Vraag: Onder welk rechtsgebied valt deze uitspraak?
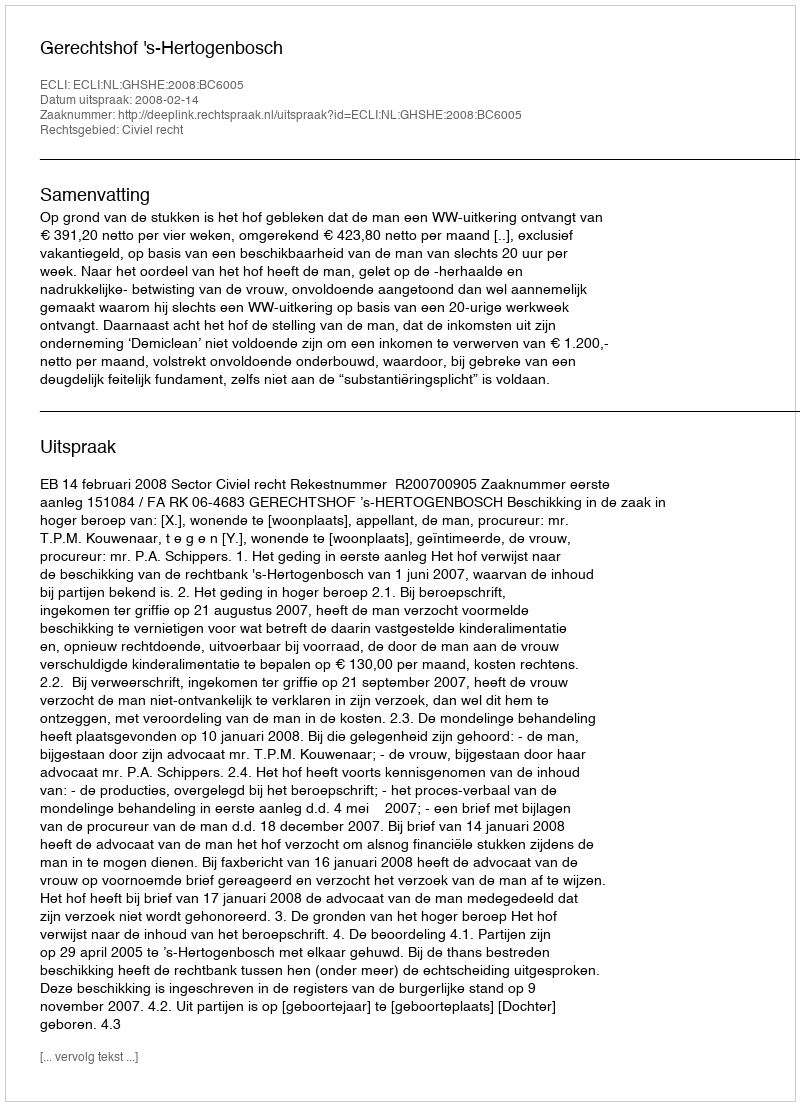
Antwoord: Civiel recht